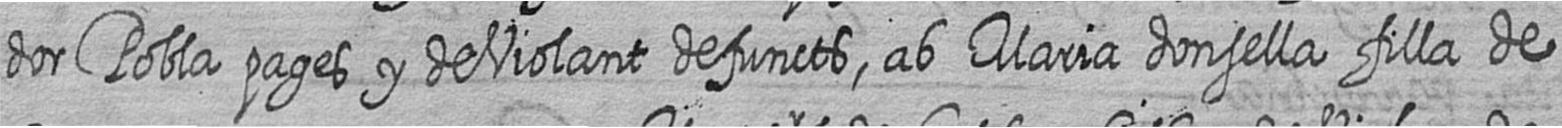
dor Pobla pages y de Violant defuncts ab Maria donsella filla de